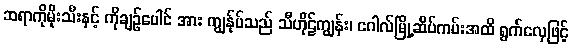
ဆရာကိုမိုးသီးနှင့် ကိုချဉ်ပေါင် အား ကျွန်ုပ်သည် သီဟိုဠ်ကျွန်း၊ ဂေါလ်မြို့ဆိပ်ကမ်းအထိ ရွက်လှေဖြင့်